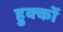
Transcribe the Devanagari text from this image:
हुक्‍कों